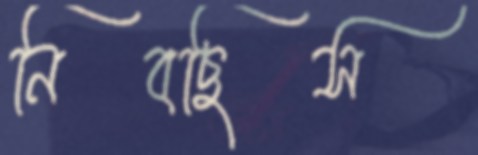
নিবছিস